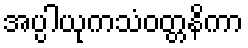
အပ္ပါယုကသံဝတ္တနိကာ